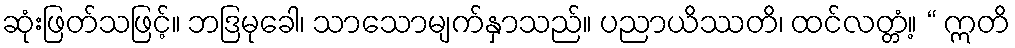
ဆုံးဖြတ်သဖြင့်။ ဘဒြမုခေါ၊ သာသောမျက်နှာသည်။ ပညာယိဿတိ၊ ထင်လတ္တံ့။ “ ဣတိ